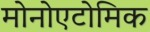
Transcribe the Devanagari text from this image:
मोनोएटोमिक